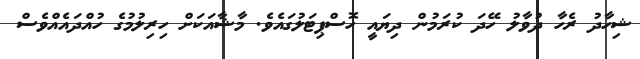
ޝިހާދު ރެހާ ދުވާލު ހޭދަ ކުރަމުން ދިޔައީ ހޮސްޕިޓަލުގައެވެ. މާޝާއަކަށް ހިރިލުމުގެ ހުއްދައެއްވެސް